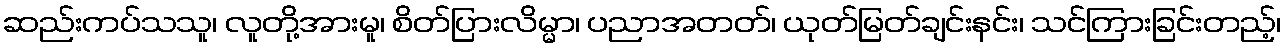
ဆည်းကပ်သသူ၊ လူတို့အားမူ၊ စိတ်ပြားလိမ္မာ၊ ပညာအတတ်၊ ယုတ်မြတ်ချင်းနင်း၊ သင်ကြားခြင်းတည့်၊